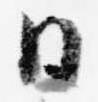
日